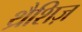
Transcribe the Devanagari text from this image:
थ्रैशिज़